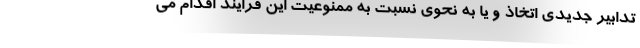
تدابیر جدیدی اتخاذ و یا به نحوی نسبت به ممنوعیت این فرایند اقدام می